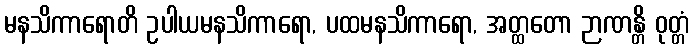
မနသိကာရောတိ ဥပါယမနသိကာရော, ပထမနသိကာရော, အတ္ထတော ဉာဏန္တိ ဝုတ္တံ